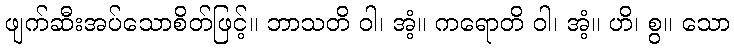
ဖျက်ဆီးအပ်သောစိတ်ဖြင့်။ ဘာသတိ ဝါ၊ အံ့။ ကရောတိ ဝါ၊ အံ့။ ဟိ၊ စွ။ သော